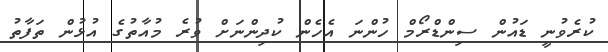
ކުރެވުނީ ޑައުން ސިންޑްރޯމް ހުންނަ އެހެން ކުދިންނަށް ވުރެ މުއާތުގެ އުޅުން ތަފާތު